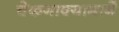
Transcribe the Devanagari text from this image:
चेकनाक्यामार्गे